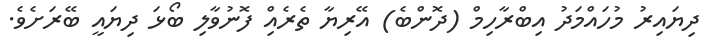
ދިޔައިރު މުހައްމަދު އިބްރާހިމް (ދޮންބެ) އޭރިޔާ ތެރެއިް ފޮނުވާލި ބޯޅަ ދިޔައީ ބޭރަށެވެ.